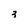
Character: 3